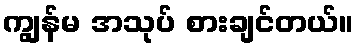
ကျွန်မ အသုပ် စားချင်တယ်။